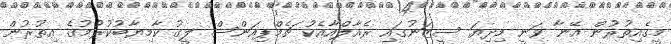
މީގެއިތުރުން އޭނާ ވަނީ މިދިޔަ ސީޒަނުގައި ރެއާލްއާއެކު ޗެމްޕިއަންސް ލީގު ކާމިޔާބުކުރުމުގެ އިތުރުން